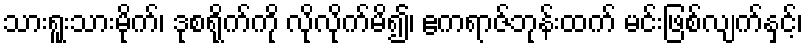
သားရူးသားမိုက်၊ ဒုစရိုက်ကို လိုလိုက်မိ၍၊ ဧကရာဇ်ဘုန်းထက် မင်းဖြစ်လျက်နှင့်၊